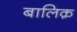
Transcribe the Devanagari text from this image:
बालिक़